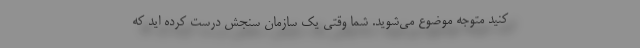
کنید متوجه موضوع می‌شوید. شما وقتی یک سازمان سنجش درست کرده اید که